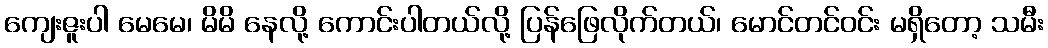
ကျေးဇူးပါ မေမေ၊ မိမိ နေလို့ ကောင်းပါတယ်လို့ ပြန်ဖြေလိုက်တယ်၊ မောင်တင်ဝင်း မရှိတော့ သမီး